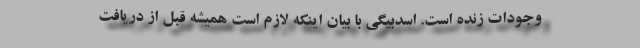
وجودات زنده است. اسدبیگی با بیان اینکه لازم است همیشه قبل از دریافت